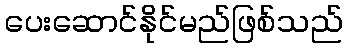
ပေးဆောင်နိုင်မည်ဖြစ်သည်